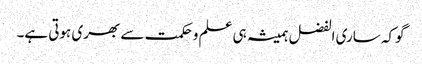
گوکہ ساری الفضل ہمیشہ ہی علم وحکمت سے بھری ہوتی ہے۔